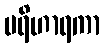
ပရိဟာရကာ